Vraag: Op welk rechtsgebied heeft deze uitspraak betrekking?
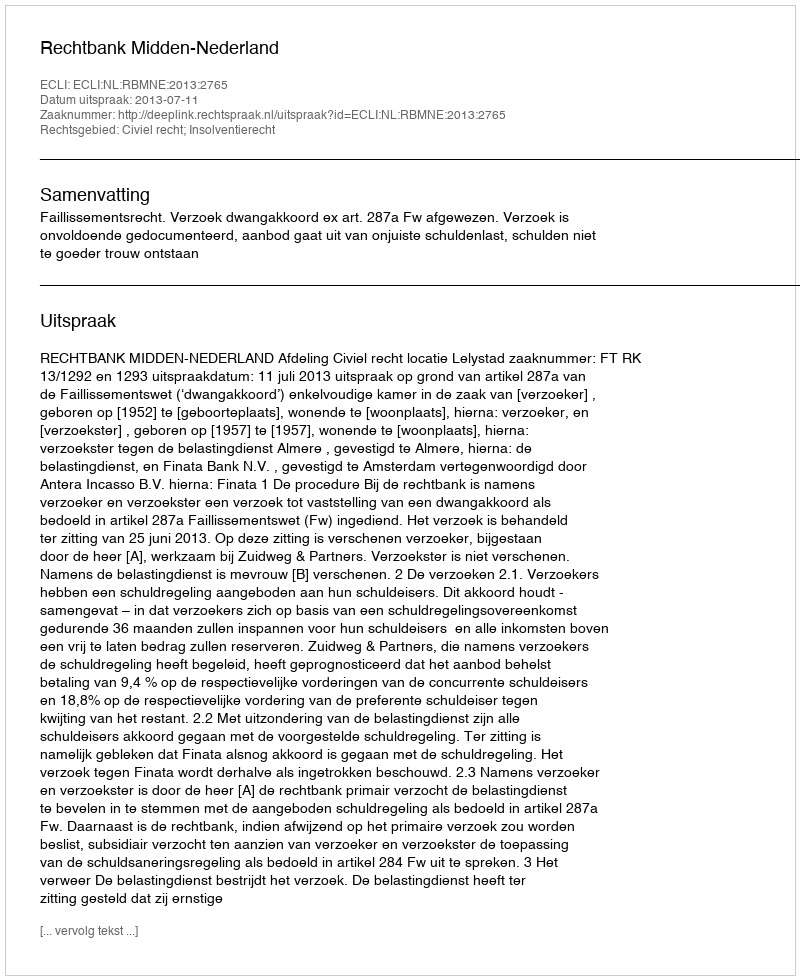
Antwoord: Civiel recht; Insolventierecht